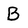
Character: B